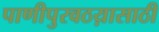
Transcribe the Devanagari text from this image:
पाणीपुरवठय़ासाठी